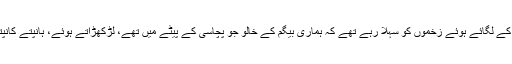
ابھی ہم پھوپھا کے لگائے ہوئے زخموں کو سہلا رہے تھے کہ ہماری بیگم کے خالو جو پچاسی کے پیٹے میں تھے، لڑکھڑاتے ہوئے، ہانپتے کانپتے وارد ہوئے۔